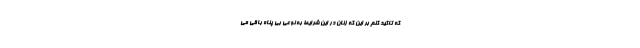
که تاکید کنم بر این که زنان در این شرایط به نوعی بی پناه باقی می